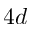
4 d